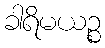
ခါရိမယဉ္စ